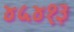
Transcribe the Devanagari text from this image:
४५४१३